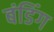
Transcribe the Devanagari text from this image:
बंडिंग